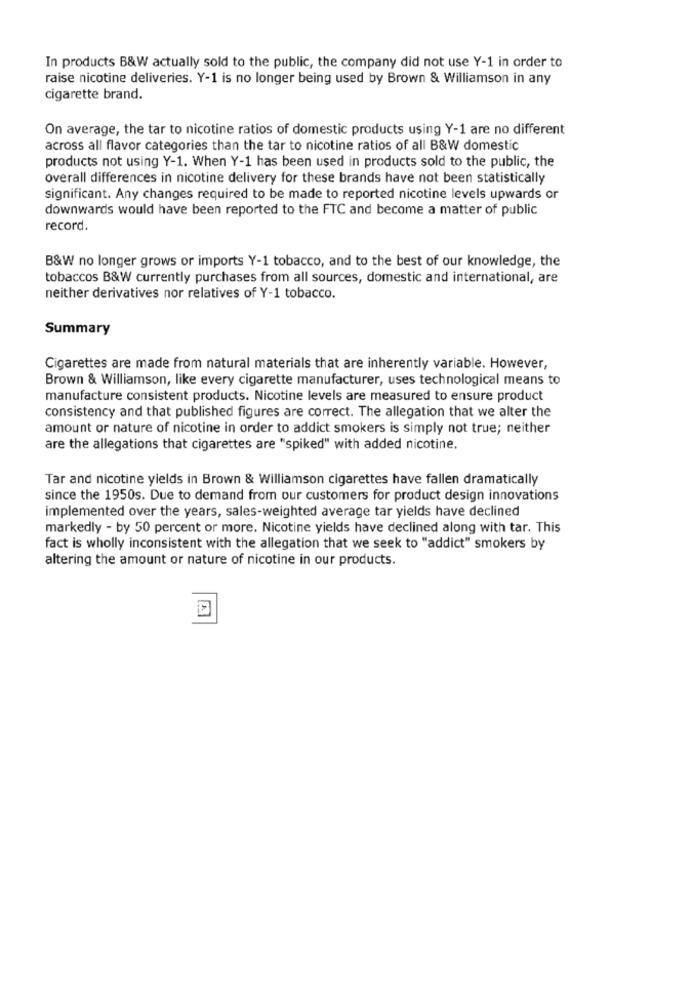
In products B&W actually sold to the public, the company did not use Y-1 in order to
raise nicotine deliveries. Y-1 is no longer being used by Brown & Williamson in any
cigarette brand.
On average, the tar to nicotine ratios of domestic products using Y-1 are no different
across all flavor categories than the tar to nicotine ratios of all B&W domestic
products not using Y-1. When Y-1 has been used in products sold to the public, the
overall differences in nicotine delivery for these brands have not been statistically
significant. Any changes required to be made to reported nicotine levels upwards or
downwards would have been reported to the FTC and become a matter of public
record.
B&W no longer grows or imports Y-1 tobacco, and to the best of our knowledge, the
tobaccos B&W currently purchases from all sources, domestic and international, are
neither derivatives nor relatives of Y-1 tobacco.
Summary
Cigarettes are made from natural materials that are inherently variable. However,
Brown & Williamson, like every cigarette manufacturer, uses technological means to
manufacture consistent products. Nicotine levels are measured to ensure product
consistency and that published figures are correct. The allegation that we alter the
amount or nature of nicotine in order to addict smokers is simply not true; neither
are the allegations that cigarettes are "spiked" with added nicotine.
Tar and nicotine yields in Brown & Williamson cigarettes have fallen dramatically
since the 1950s. Due to demand from our customers for product design innovations
implemented over the years, sales-weighted average tar yields have declined
markedly - by 50 percent or more. Nicotine yields have declined along with tar. This
fact is wholly inconsistent with the allegation that we seek to "addict" smokers by
altering the amount or nature of nicotine in our products.